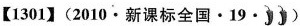
【1301】(2010·新课标全国·19·)